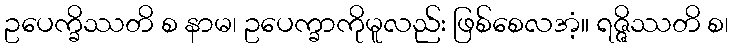
ဥပေက္ခိဿတိ စ နာမ၊ ဥပေက္ခာကိုမူလည်း ဖြစ်စေလအံ့။ ရဇ္ဇိဿတိ စ၊